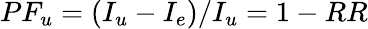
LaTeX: PF_{u}=(I_{u}-I_{e})/I_{u}=1-RR